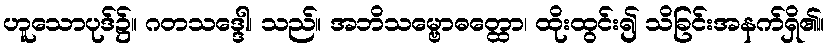
ဟူသောပုဒ်၌။ ဂတသဒ္ဒေါ၊ သည်။ အဘိသမ္ဗောဓတ္ထော၊ ထိုးထွင်း၍ သိခြင်းအနက်ရှိ၏။